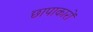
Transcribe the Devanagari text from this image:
छापाकारों